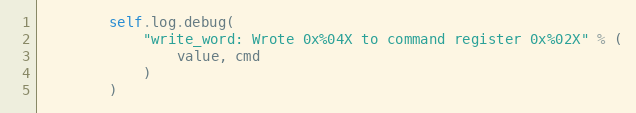
Language: Python
        self.log.debug(
            "write_word: Wrote 0x%04X to command register 0x%02X" % (
                value, cmd
            )
        )